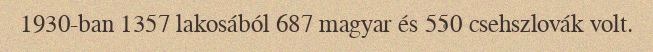
1930-ban 1357 lakosából 687 magyar és 550 csehszlovák volt.